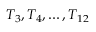
T _ { 3 } , T _ { 4 } , \ldots , T _ { 1 2 }